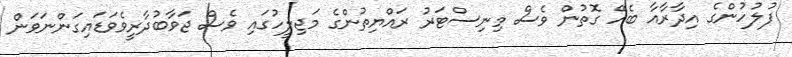
ފުލުހުންގެ އިދާރާއާ ބެހޭ ގޮތުން ވެސް މިނިސްޓަރު ރައްޔިތުންގެ މަޖިލީހުގައި ވެސް ޖަވާބުދާރީވެވަޑައިގަންނަވަން